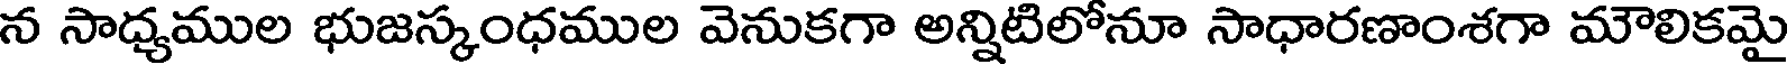
న సాధ్యముల భుజస్కంధముల వెనుకగా అన్నిటిలోనూ సాధారణాంశగా మౌలికమై